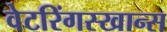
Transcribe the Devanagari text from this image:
वेटरिंगस्खान्स